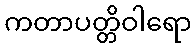
ကတာပတ္တိဝါရော